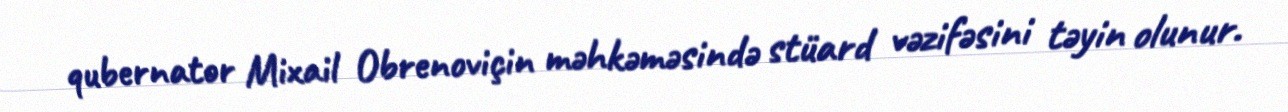
qubernator Mixail Obrenoviçin məhkəməsində stüard vəzifəsini təyin olunur.